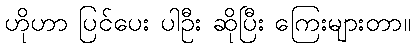
ဟိုဟာ ပြင်ပေး ပါဦး ဆိုပြီး ကြေးများတာ။